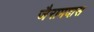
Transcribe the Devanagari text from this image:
जैरामदास